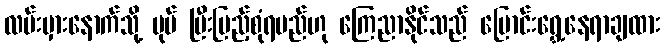
လမ်းမှားနောက်သို့ ပုပ် ပြီးပြည့်စုံရမည်ဟု ကြေညာနိုင်သည် ပြောင်းရွှေ့နေရာချထား